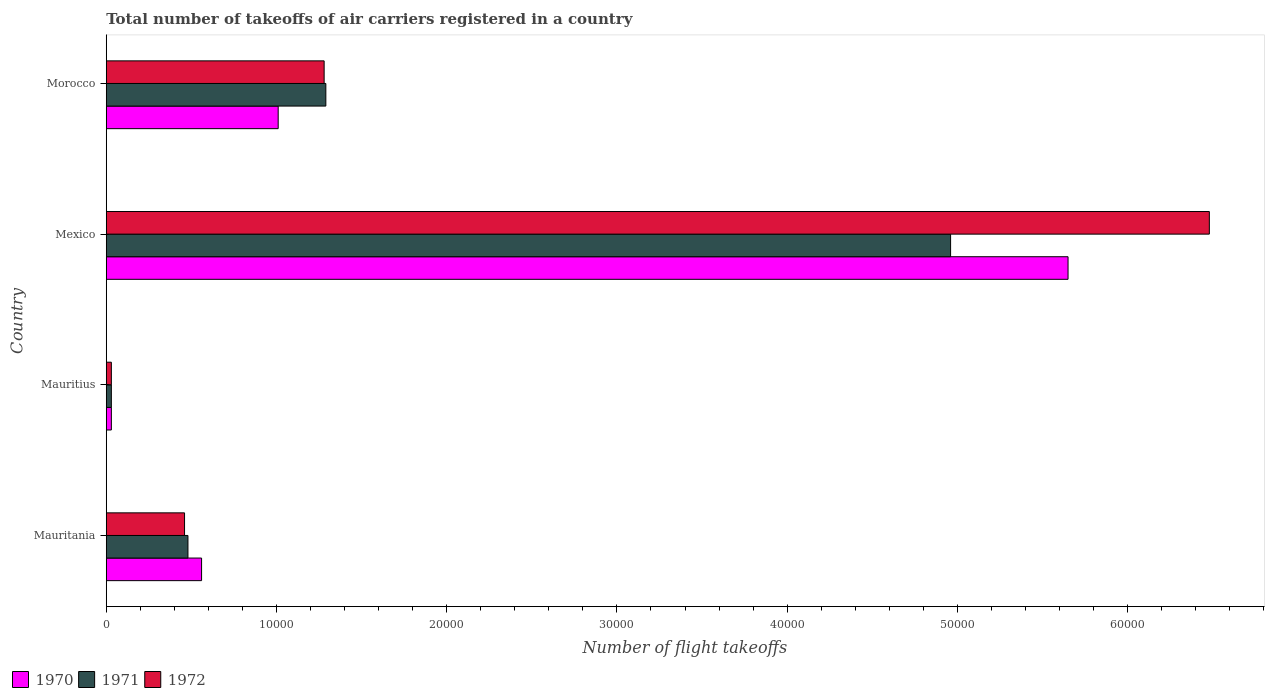
| Country | 1970 | 1971 | 1972 |
 | --- | --- | --- | --- |
 | Mauritania | 5.6e+03 | 4.8e+03 | 4.6e+03 |
 | Mauritius | 300 | 300 | 300 |
 | Mexico | 5.65e+04 | 4.96e+04 | 6.48e+04 |
 | Morocco | 1.01e+04 | 1.29e+04 | 1.28e+04 |